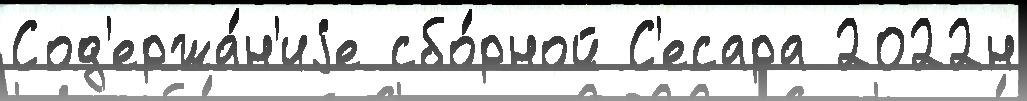
Сод'ержа́н'иjе сбо́рной С'есара 2022н